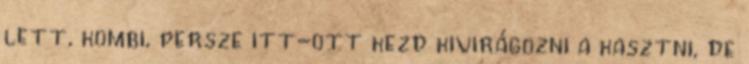
lett, kombi, persze itt-ott kezd kivirágozni a kasztni, de